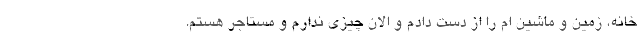
خانه، زمین و ماشین ام را از دست دادم و الان چیزی ندارم و مستاجر هستم.